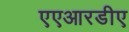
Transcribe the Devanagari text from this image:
एएआरडीए